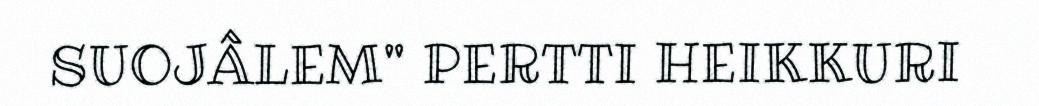
SUOJÂLEM" PERTTI HEIKKURI